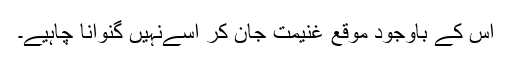
اس کے باوجود موقع غنیمت جان کر اسےنہیں گنوانا چاہیے۔